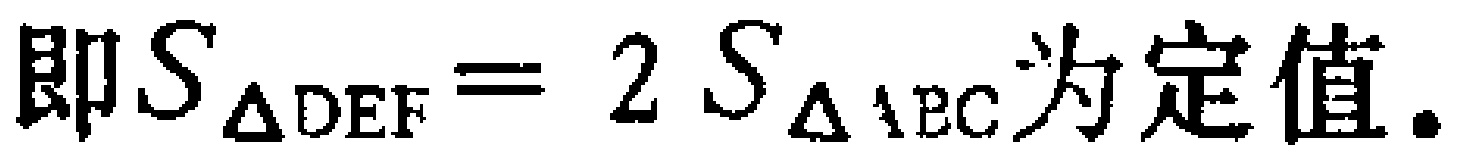
即$S_{\triangle DEF}=2S_{\triangle ABC}为定值.$